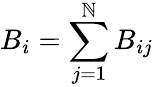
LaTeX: B_{i}=\sum_{j=1}^{\mathbb{N}}B_{ij}